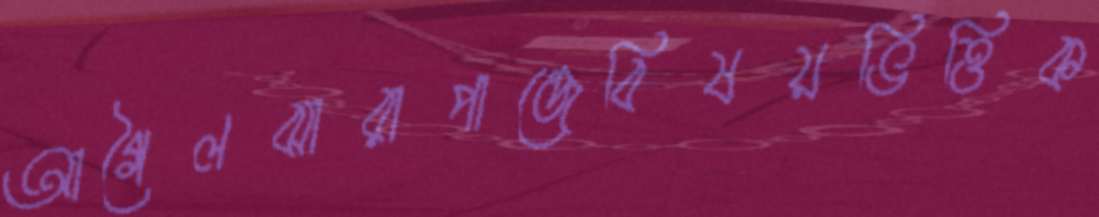
আগৈলঝারাপান্ডেবিষয়ভিত্তিক